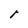
Character: l